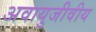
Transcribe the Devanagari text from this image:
अवायुजीवीय